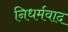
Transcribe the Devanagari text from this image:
निधर्मवाद